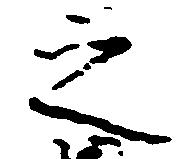
之